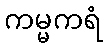
ကမ္မကရံ